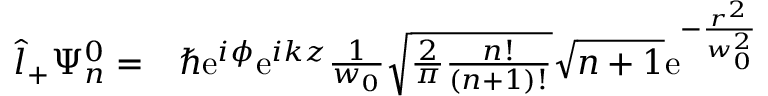
\begin{array} { r l } { \hat { l } _ { + } \Psi _ { n } ^ { 0 } = } & { { } \hbar \mathrm { e } ^ { i \phi } \mathrm { e } ^ { i k z } \frac { 1 } { w _ { 0 } } \sqrt { \frac { 2 } { \pi } \frac { n ! } { ( n + 1 ) ! } } \sqrt { n + 1 } \mathrm { e } ^ { - \frac { r ^ { 2 } } { w _ { 0 } ^ { 2 } } } } \end{array}